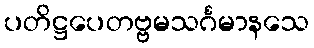
ပတိဋ္ဌပေတဗ္ဗမသင်္ဂမာနသေ